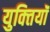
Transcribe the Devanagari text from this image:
युक्‍तियॉं